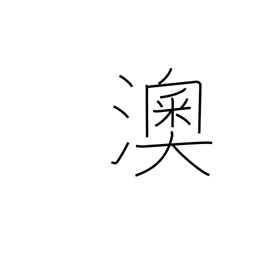
Meaning: curving shoreline